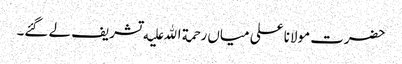
حضرت مولانا علی میاں رحمة الله علیه تشریف لے گئے۔